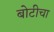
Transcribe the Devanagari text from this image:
बोटीचा